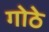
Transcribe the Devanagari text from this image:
गोठे